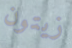
زيتون